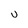
Character: U